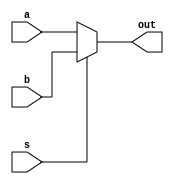
//This is for the 2:1 mux module.

module two_to_one_mux_behavioral_module (a, b, s, out);
	input a, b;
	input s;	
	output out;
	reg out;
	
	always@(a or b or s)
	begin
		if (s == 1'b0)
			out <= a;
		else
			out <= b;
	end

endmodule